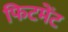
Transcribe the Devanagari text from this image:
फिटमेंट